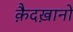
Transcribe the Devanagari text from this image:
क़ैदख़ानों